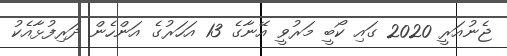
ޖެނުއަރީ 2020 ގައި ކޯބީ މަރުވީ އޭނާގެ 13 އަހަރުގެ އަންހެން ދަރިފުޅާއެކު